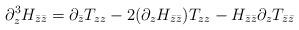
LaTeX: \begin{align*}\partial_{z}^{3}H_{\bar z\bar z}=\partial_{\bar z} T_{zz}-2(\partial_{z}H_{\bar z\bar z})T_{zz} -H_{\bar z\bar z}\partial_{z}T_{\bar z\bar z} \end{align*}